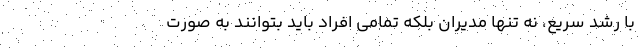
با رشد سریع، نه تنها مدیران بلکه تمامی افراد باید بتوانند به صورت